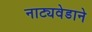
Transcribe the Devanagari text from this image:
नाट्यवेडाने